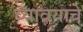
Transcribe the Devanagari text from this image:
ध्यावयाचे